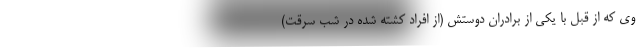
وی که از قبل با یکی از برادران دوستش (از افراد کشته شده در شب سرقت)